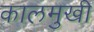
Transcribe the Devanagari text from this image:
कालमुखी